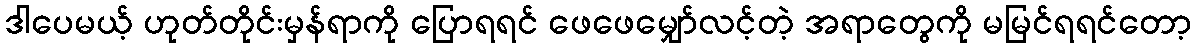
ဒါပေမယ့် ဟုတ်တိုင်းမှန်ရာကို ပြောရရင် ဖေဖေမျှော်လင့်တဲ့ အရာတွေကို မမြင်ရရင်တော့